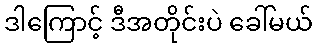
ဒါကြောင့် ဒီအတိုင်းပဲ ခေါ်မယ်